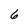
Character: 6